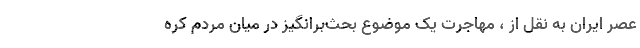
عصر ایران به نقل از ، مهاجرت یک موضوع بحث‌برانگیز در میان مردم کره